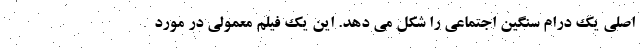
اصلی یک درام سنگین اجتماعی را شکل می دهد. این یک فیلم معمولی در مورد